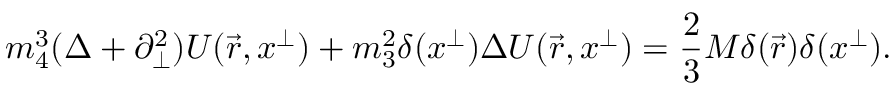
m _ { 4 } ^ { 3 } ( \Delta + \partial _ { \perp } ^ { 2 } ) U ( \vec { r } , x ^ { \perp } ) + m _ { 3 } ^ { 2 } \delta ( x ^ { \perp } ) \Delta U ( \vec { r } , x ^ { \perp } ) = \frac { 2 } { 3 } M \delta ( \vec { r } ) \delta ( x ^ { \perp } ) .